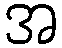
အ